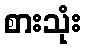
စားသုံး